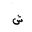
Letter: _shin